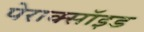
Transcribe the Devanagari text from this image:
पेराक्सॉइड